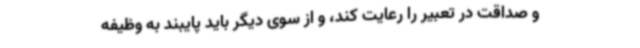
و صداقت در تعبیر را رعایت کند، و از سوی دیگر باید پایبند به وظیفه